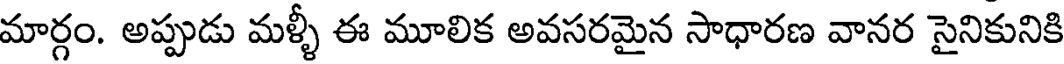
మార్గం. అప్పుడు మళ్ళీ ఈ మూలిక అవసరమైన సాధారణ వానర సైనికునికి